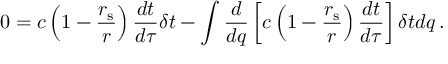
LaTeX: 0 = c \left( 1 - { \frac { r _ { \mathrm { { s } } } } { r } } \right) { \frac { d t } { d \tau } } \delta t - \int { { \frac { d } { d q } } \left[ c \left( 1 - { \frac { r _ { \mathrm { { s } } } } { r } } \right) { \frac { d t } { d \tau } } \right] \delta t d q } \, .